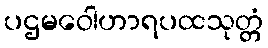
ပဌမဝေါဟာရပထသုတ္တံ